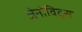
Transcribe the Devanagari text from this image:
जेनोविट्स